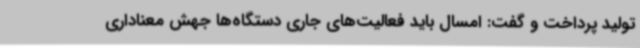
تولید پرداخت و گفت: امسال باید فعالیت‌های جاری دستگاه‌ها جهش معناداری